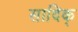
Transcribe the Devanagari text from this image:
सादिक्